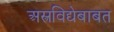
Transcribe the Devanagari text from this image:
अस्त्रविद्येबाबत